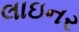
લાઇનર